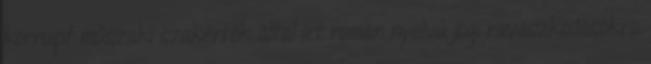
korrupt mûszaki szakértõk által írt román nyelvû jogi ravaszkodásokra